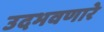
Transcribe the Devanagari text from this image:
उदभवणारे